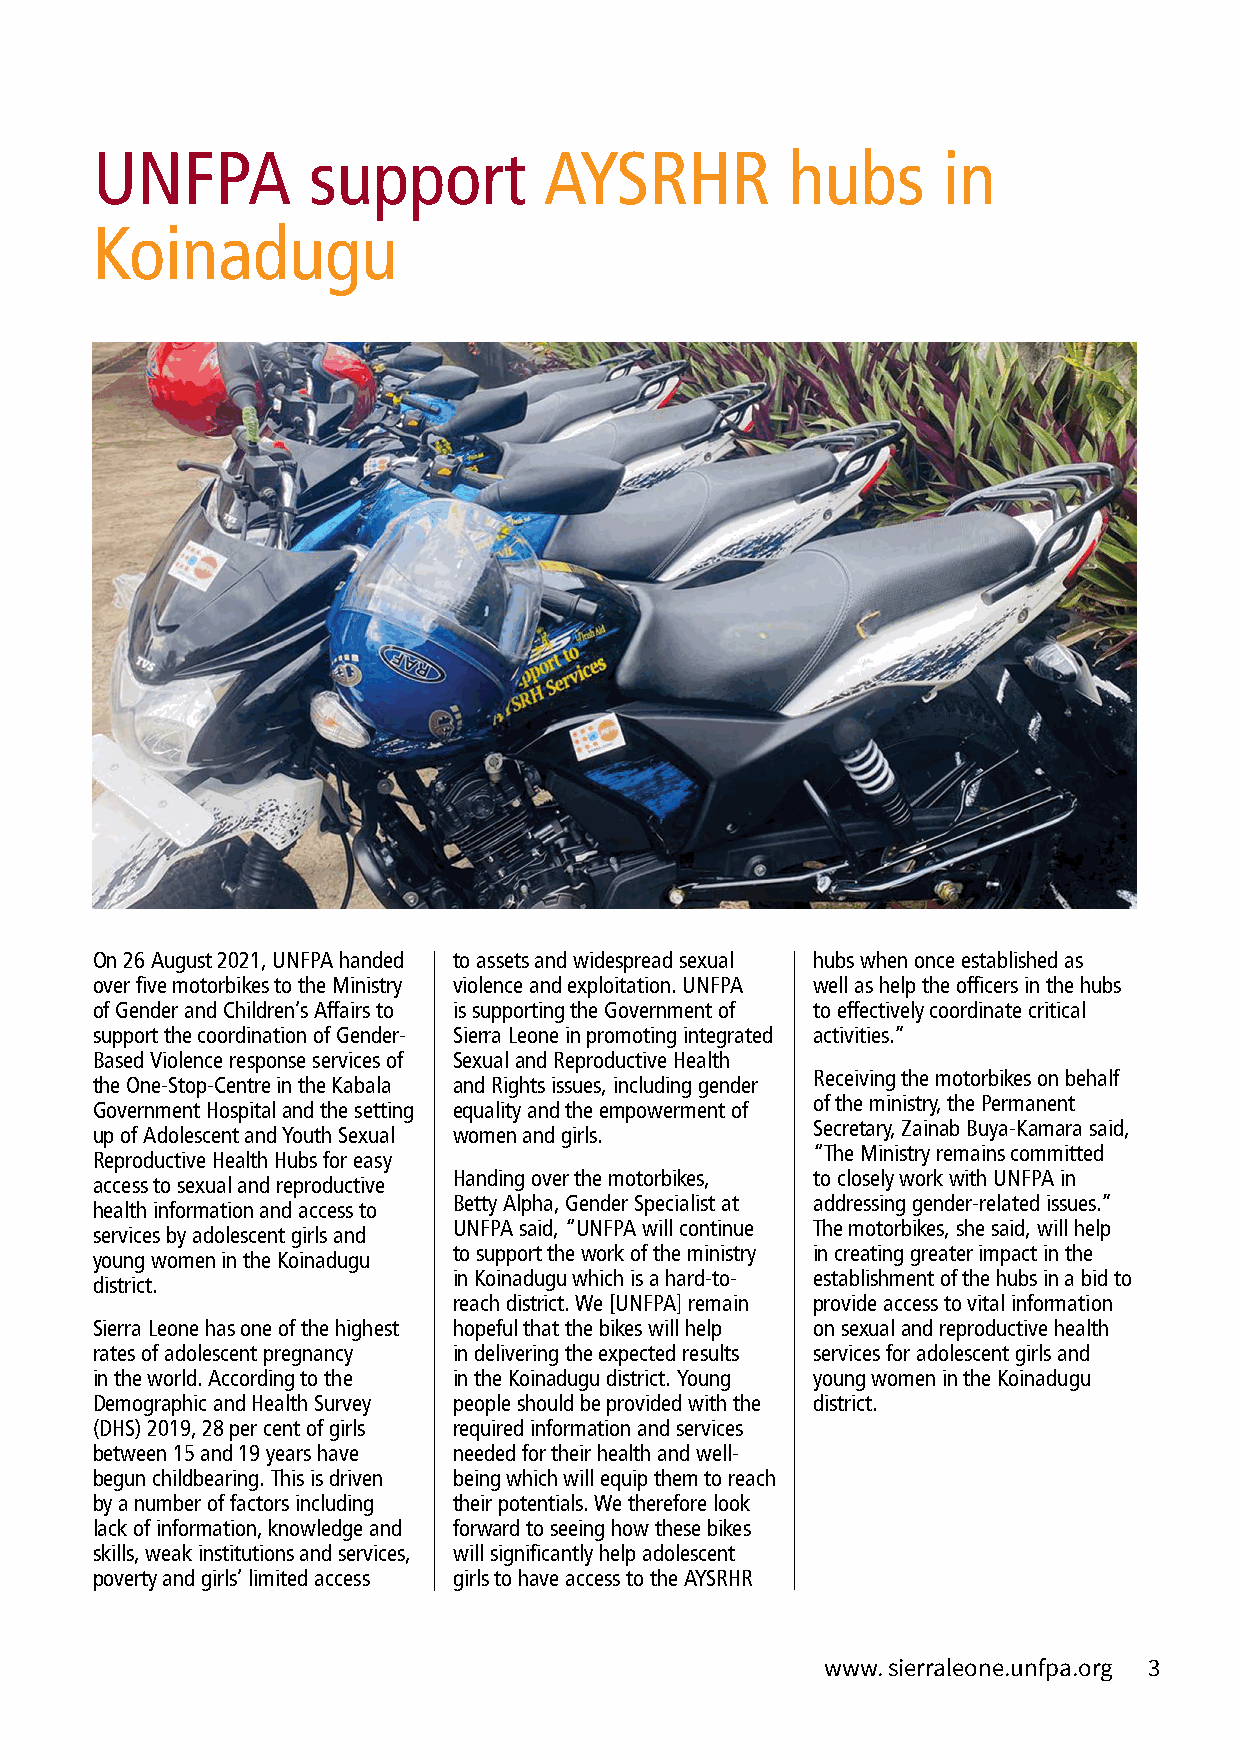
UNFPA         support         AYSRHR          hubs      in
 Koinadugu
 On 26 August 2021, UNFPA handed to assets and widespread sexual hubs when once established as
 over five motorbikes to the Ministry violence and exploitation. UNFPA well as help the officers in the hubs
 of Gender and Children’s Affairs to is supporting the Government of to effectively coordinate critical
 support the coordination of Gender- Sierra Leone in promoting integrated activities.”
 Based Violence response services of Sexual and Reproductive Health
 Receiving the motorbikes on behalf
 the One-Stop-Centre in the Kabala and Rights issues, including gender
 of the ministry, the Permanent
 Government Hospital and the setting equality and the empowerment of
 Secretary, Zainab Buya-Kamara said,
 up of Adolescent and Youth Sexual women and girls.
 “The Ministry remains committed
 Reproductive Health Hubs for easy
 Handing over the motorbikes, to closely work with UNFPA in
 access to sexual and reproductive
 Betty Alpha, Gender Specialist at addressing gender-related issues.”
 health information and access to
 UNFPA said, “UNFPA will continue The motorbikes, she said, will help
 services by adolescent girls and
 to support the work of the ministry in creating greater impact in the
 young women in the Koinadugu
 in Koinadugu which is a hard-to- establishment of the hubs in a bid to
 district.
 reach district. We [UNFPA] remain provide access to vital information
 Sierra Leone has one of the highest hopeful that the bikes will help on sexual and reproductive health
 rates of adolescent pregnancy in delivering the expected results services for adolescent girls and
 in the world. According to the in the Koinadugu district. Young young women in the Koinadugu
 Demographic and Health Survey people should be provided with the district.
 (DHS) 2019, 28 per cent of girls required information and services
 between 15 and 19 years have needed for their health and well-
 begun childbearing. This is driven being which will equip them to reach
 by a number of factors including their potentials. We therefore look
 lack of information, knowledge and forward to seeing how these bikes
 skills, weak institutions and services, will significantly help adolescent
 poverty and girls’ limited access girls to have access to the AYSRHR
 www. sierraleone.unfpa.org 3